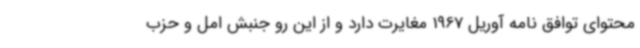
محتوای توافق نامه آوریل 1967 مغایرت دارد و از این رو جنبش امل و حزب